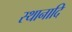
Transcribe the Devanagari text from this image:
स्थानादि